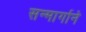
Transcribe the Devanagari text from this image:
सन्मार्गाने